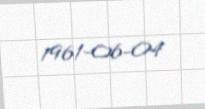
1961-06-04